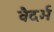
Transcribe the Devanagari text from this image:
वैदर्भ